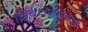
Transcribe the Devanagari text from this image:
निबंधसंग्रहाची